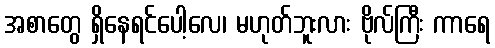
အစာတွေ ရှိနေရင်ပေါ့လေ၊ မဟုတ်ဘူးလား ဗိုလ်ကြီး ကာရေ